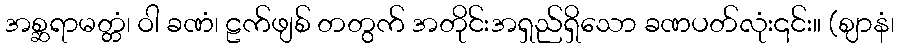
အစ္ဆရာမတ္တံ၊ ဝါ ခဏံ၊ ဠက်ဖျစ် တတွက် အတိုင်းအရှည်ရှိသော ခဏပတ်လုံး၎င်း။ (ဈာနံ၊